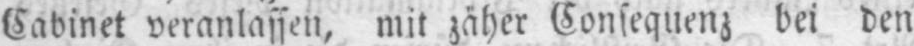
Cabinet veranlassen, mit zäher Consequenz bei den